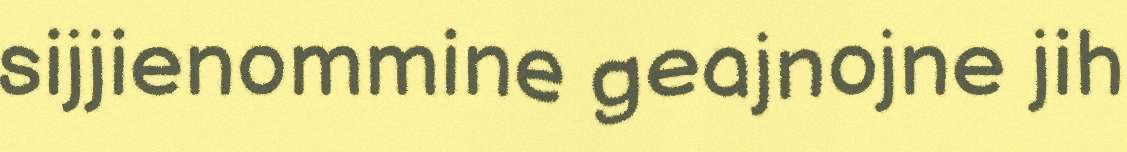
sijjienommine geajnojne jih